Report on the working of the Ranchi Indian Mental Hospital, Kanke, in Bihar and Orissa - 1930-1940
Year: 1930
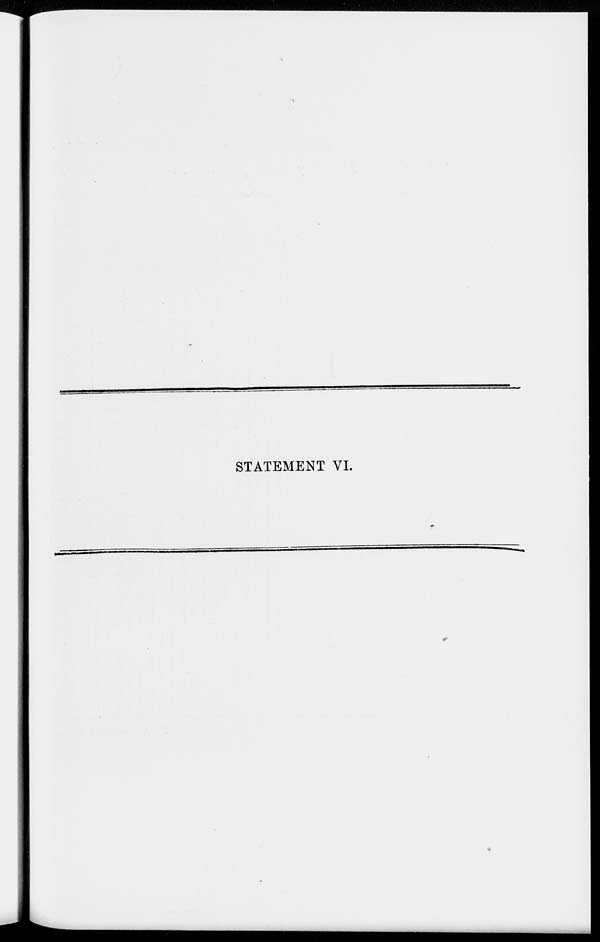
STATEMENT VI.